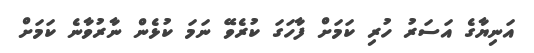
އަނިޔާގެ އަސަރު ހުރި ކަމަށް ފާހަގަ ކުރެވޭ ނަމަ ކުޅެން ނާރުވާނެ ކަމަށް